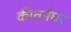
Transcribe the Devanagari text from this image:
कीतर्नघर